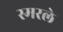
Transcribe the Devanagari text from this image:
स्मरले